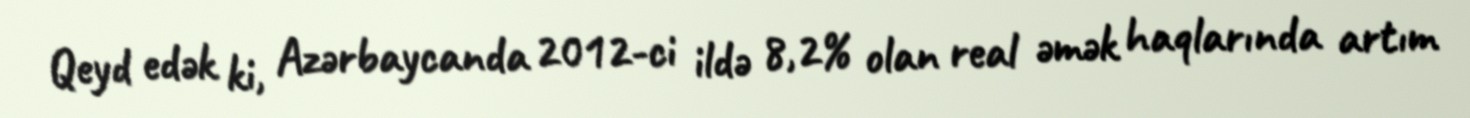
Qeyd edək ki, Azərbaycanda 2012-ci ildə 8,2% olan real əmək haqlarında artım